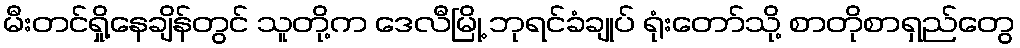
မီးတင်ရှို့နေချိန်တွင် သူတို့က ဒေလီမြို့ ဘုရင်ခံချုပ် ရုံးတော်သို့ စာတိုစာရှည်တွေ